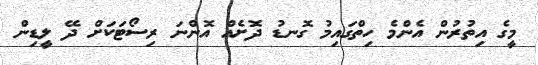
މީގެ އިތުރުން އެންމެ ހިތްގައިމު ގޮނޑު ދޮށެއް އޮންނަ ރިސޯޓަކަށް ދޭ ލީޑިން